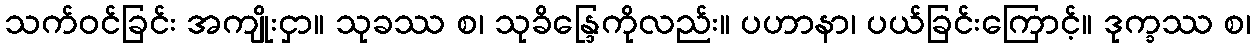
သက်ဝင်ခြင်း အကျိုးငှာ။ သုခဿ စ၊ သုခိန္ဒြေကိုလည်း။ ပဟာနာ၊ ပယ်ခြင်းကြောင့်။ ဒုက္ခဿ စ၊